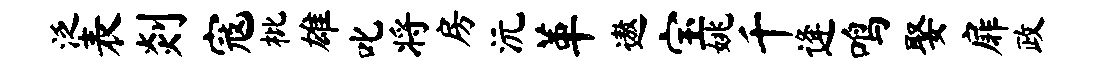
泛表剡寇枇雄叱将房沅革遨宝姚千逄鸣娶扉政